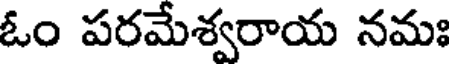
ఓం పరమేశ్వరాయ నమః